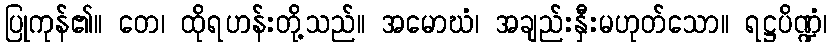
ပြုကုန်၏။ တေ၊ ထိုရဟန်းတို့သည်။ အမောဃံ၊ အချည်းနှီးမဟုတ်သော။ ရဋ္ဌပိဏ္ဍံ၊